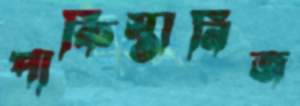
পাকিস্তানিজ